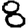
Digit: 8